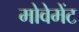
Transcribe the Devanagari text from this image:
मोवेमेंट